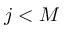
j < M